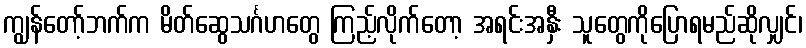
ကျွန်တော့်ဘက်က မိတ်ဆွေသင်္ဂဟတွေ ကြည့်လိုက်တော့ အရင်းအနှီး သူတွေကိုပြောရမည်ဆိုလျှင်၊